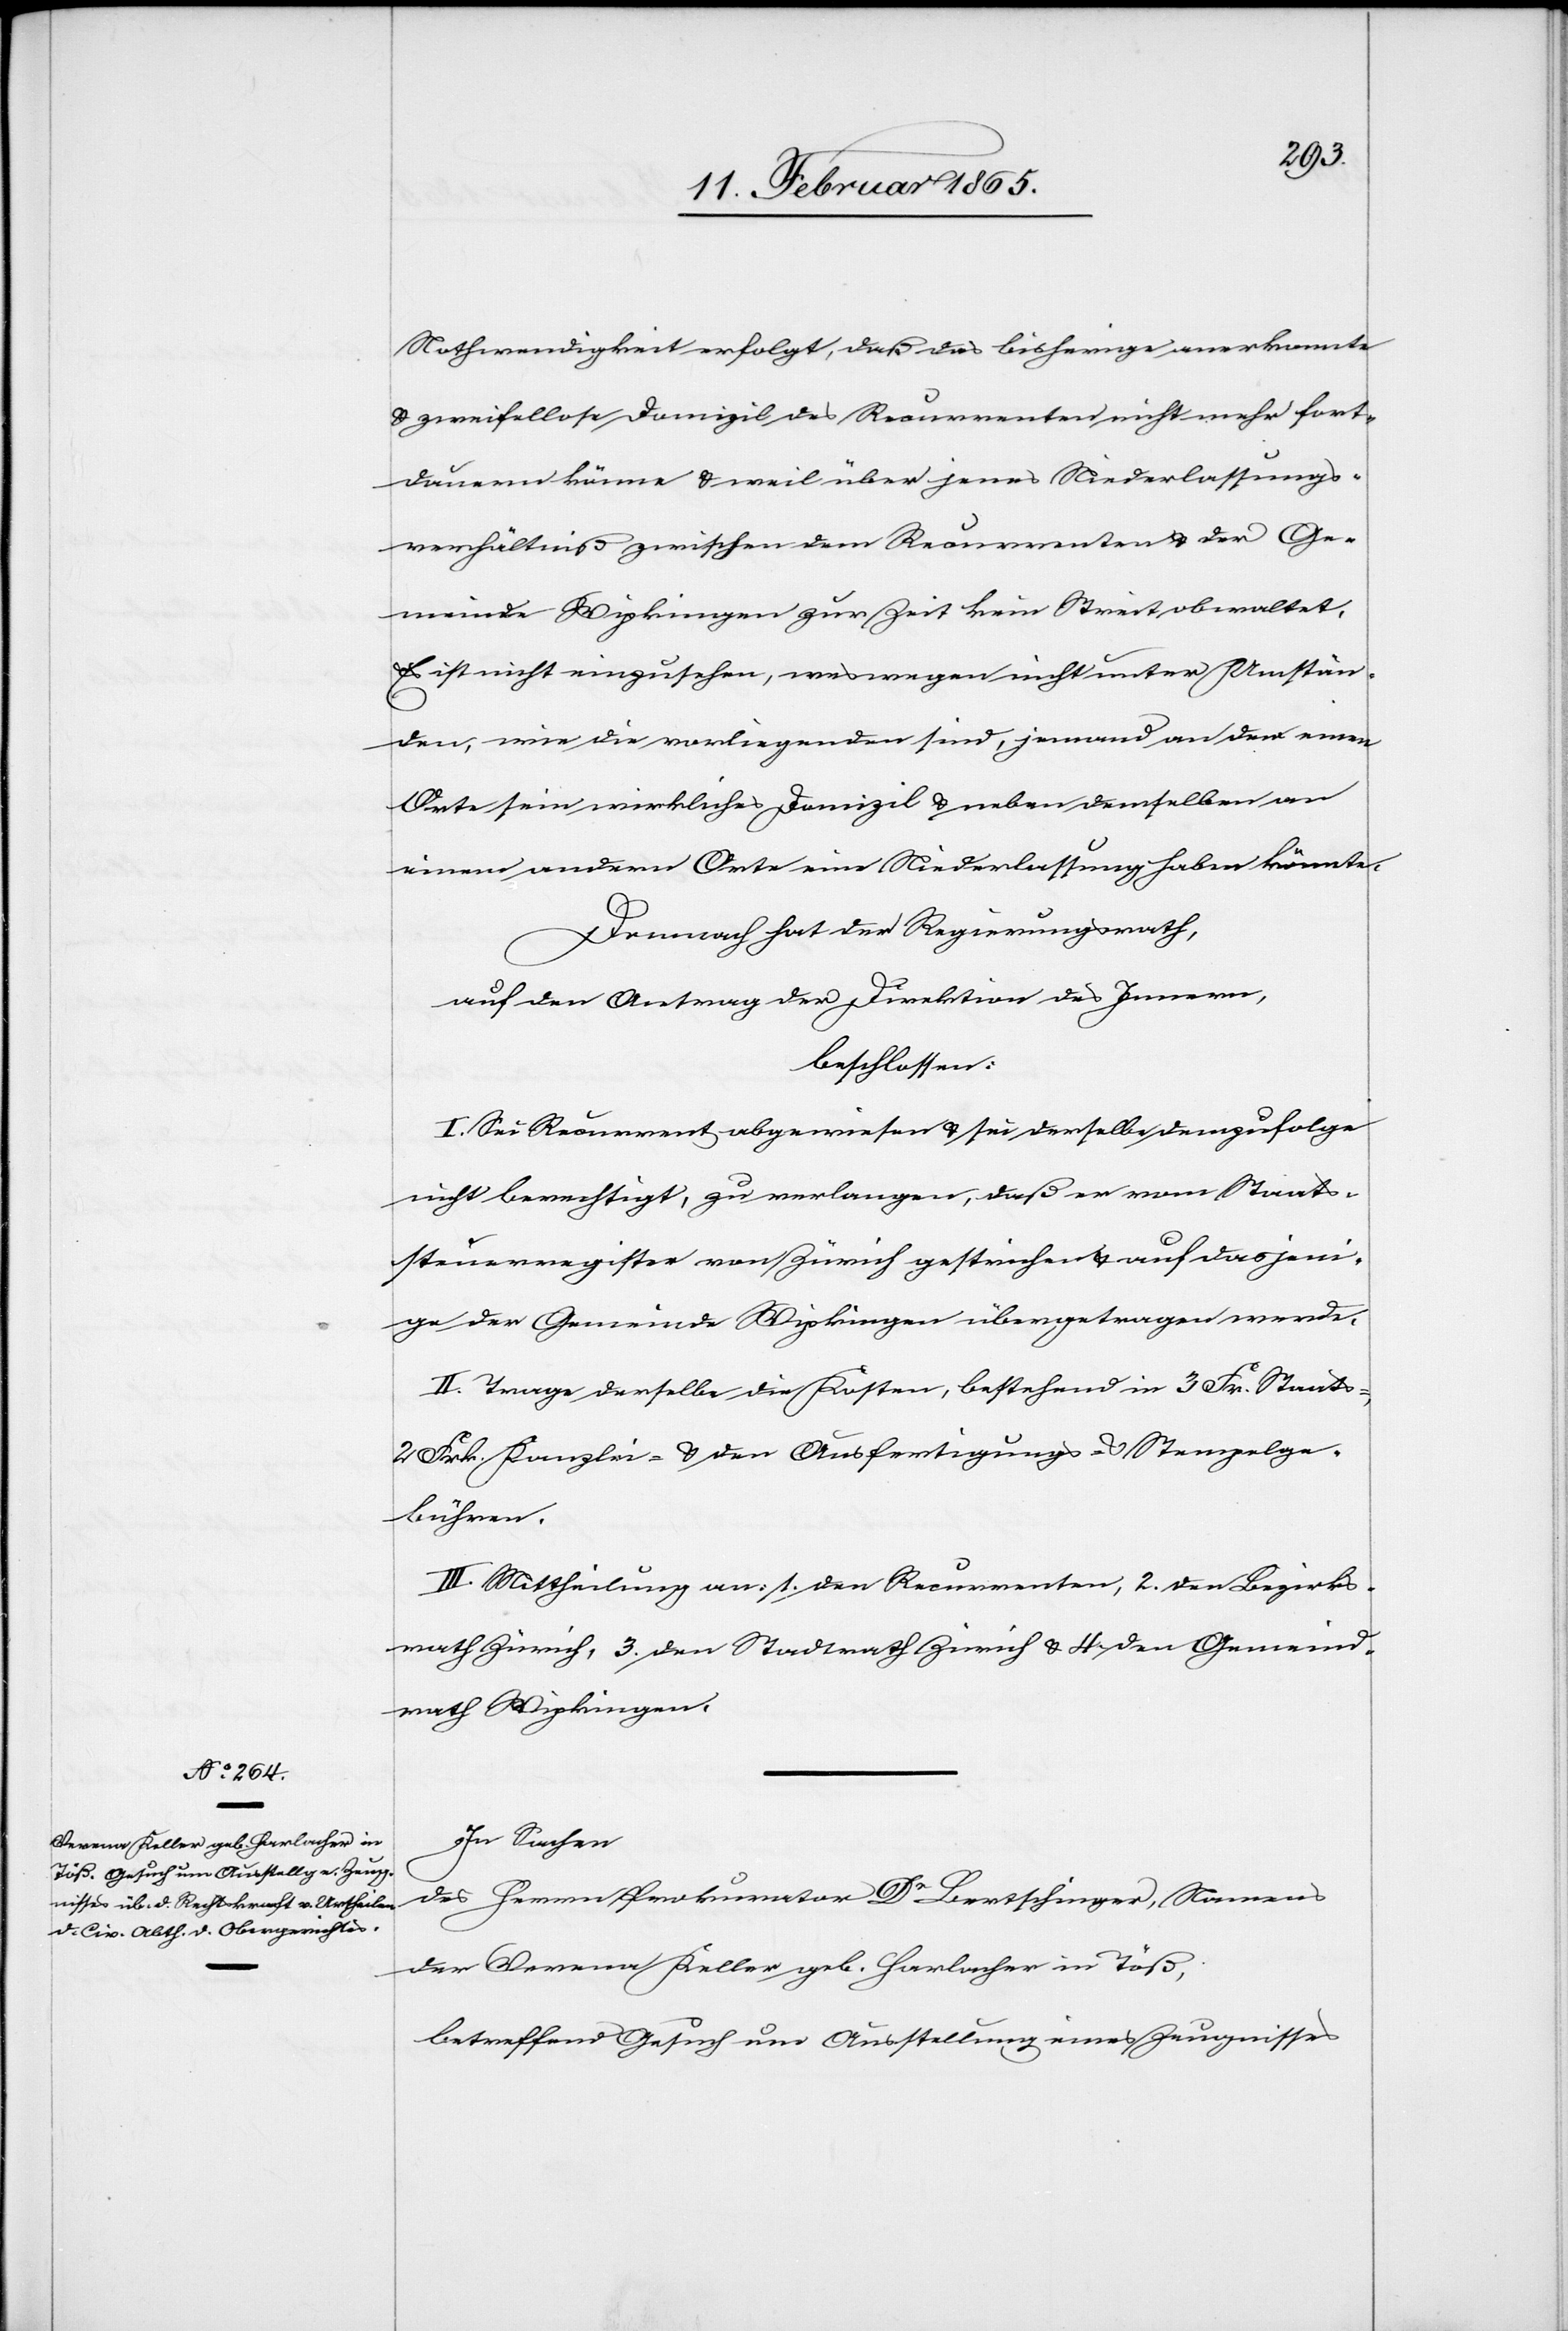
Nothwendigkeit erfolgt, daß das bisherige anerkannte
u zweifellose Domizil des Recurrenten nicht mehr fort¬
dauern könne u. weil über jenes Niederlassungs¬
verhältniß zwischen dem Recurrenten u. der Ge¬
meinde Wipkingen zur Zeit kein Streit obwaltet.
Es ist nicht einzusehen, weswegen nicht unter Umstän¬
den, wie die vorliegenden sind, jemand an dem einen
Orte sein wirkliches Domizil u. neben demselben an
einem andern Orte eine Niederlassung haben könnte.
Demnach hat der Regierungsrath,
auf den Antrag der Direktion des Innern,
beschlossen:
I. Sei Recurrent abgewiesen u. sei derselbe demzufolge
nicht berechtigt, zu verlangen, daß er vom Staats¬
steuerregister von Zürich gestrichen u. auf dasjeni¬
ge der Gemeinde Wipkingen übergetragen werde.
II. Trage derselbe die Kosten, bestehend in 3 Fr. Staats-,
2 Frk. Kanzlei- u. den Ausfertigungs- u. Stempelge¬
bühren.
III. Mittheilung an: 1. den Recurrenten, 2. den Bezirks¬
rath Zürich, 3. den Stadtrath Zürich u. 4. den Gemeind¬
rath Wipkingen.
In Sachen
des Herrn Prokurator Dr Bertschinger, Namens
der Verena Keller geb. Harlacher in Töß,
betreffend Gesuch um Ausstellung eines Zeugnisses